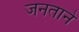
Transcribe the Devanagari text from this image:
जनताने